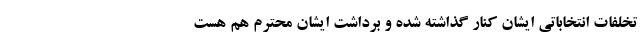
تخلفات انتخاباتی ایشان کنار گذاشته شده و برداشت ایشان محترم هم هست